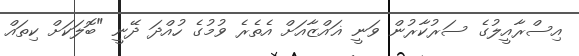
އިސްރާއީލުގެ ސަރުކާރުން ވަނީ ޣައްޒާއަށް އެތެރެ ވުމުގެ ހުއްދަ ދޭނީ "ބޮލަކަށް ކިތައް